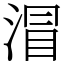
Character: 㴘